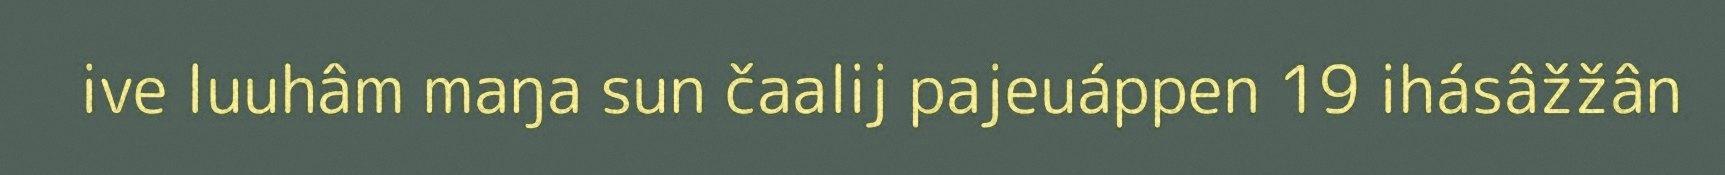
ive luuhâm maŋa sun čaalij pajeuáppen 19 ihásâžžân